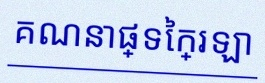
គណនាផ្ទៃក្រឡា